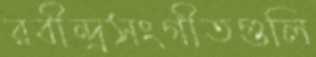
রবীন্দ্রসংগীতগুলি